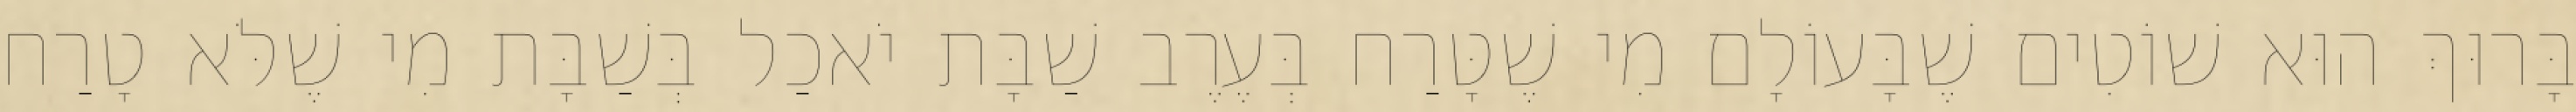
בָּרוּךְ הוּא שׁוֹטִים שֶׁבָּעוֹלָם מִי שֶׁטָּרַח בְּעֶרֶב שַׁבָּת יֹאכַל בְּשַׁבָּת מִי שֶׁלֹּא טָרַח